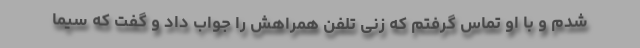
شدم و با او تماس گرفتم که زنی تلفن همراهش را جواب داد و گفت که سیما